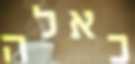
כאלה